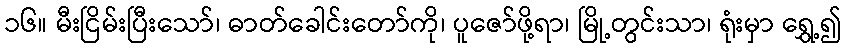
၁၆။ မီးငြိမ်းပြီးသော်၊ ဓာတ်ခေါင်းတော်ကို၊ ပူဇော်ဖို့ရာ၊ မြို့တွင်းသာ၊ ရုံးမှာ ရွှေ့၍